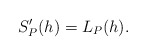
\begin{align*} \begin{aligned} S_P'(h)=L_P(h). \end{aligned} \end{align*}